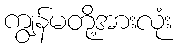
ကျွန်မတို့အားလုံး